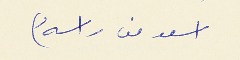
اسعد من راسهُ)